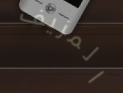
المزيف